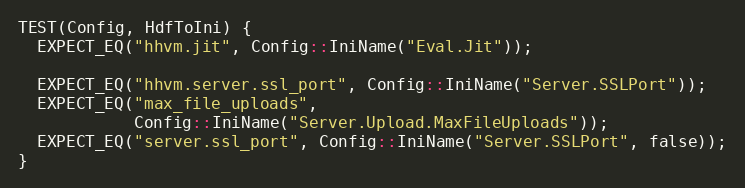
Language: C++
TEST(Config, HdfToIni) {
  EXPECT_EQ("hhvm.jit", Config::IniName("Eval.Jit"));

  EXPECT_EQ("hhvm.server.ssl_port", Config::IniName("Server.SSLPort"));
  EXPECT_EQ("max_file_uploads",
            Config::IniName("Server.Upload.MaxFileUploads"));
  EXPECT_EQ("server.ssl_port", Config::IniName("Server.SSLPort", false));
}